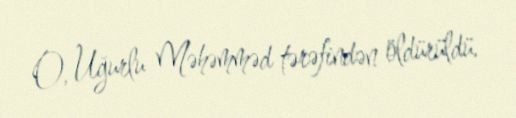
O, Uğurlu Məhəmməd tərəfindən öldürüldü.